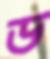
ড